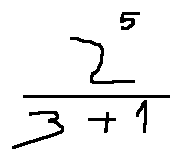
\frac { 2 ^ { 5 } } { 3 + 1 }